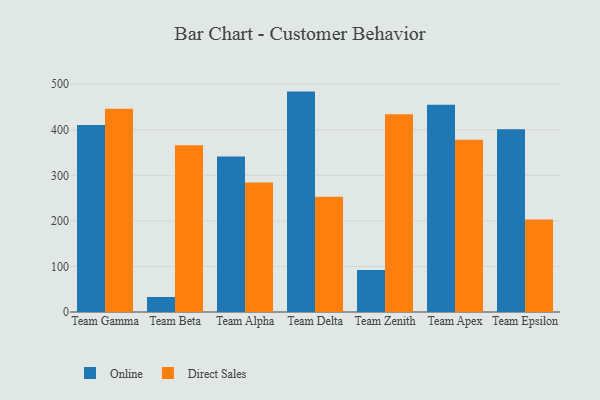
{"axis": {"x": "Team", "y": "Production Output"}, "legend": ["Direct Sales", "Online"], "data": [{"x": "Team Gamma", "y": 410.8, "type": "Online"}, {"x": "Team Gamma", "y": 446.0, "type": "Direct Sales"}, {"x": "Team Beta", "y": 33.0, "type": "Online"}, {"x": "Team Beta", "y": 365.9, "type": "Direct Sales"}, {"x": "Team Alpha", "y": 341.6, "type": "Online"}, {"x": "Team Alpha", "y": 284.2, "type": "Direct Sales"}, {"x": "Team Delta", "y": 483.9, "type": "Online"}, {"x": "Team Delta", "y": 252.8, "type": "Direct Sales"}, {"x": "Team Zenith", "y": 92.2, "type": "Online"}, {"x": "Team Zenith", "y": 434.2, "type": "Direct Sales"}, {"x": "Team Apex", "y": 454.8, "type": "Online"}, {"x": "Team Apex", "y": 378.1, "type": "Direct Sales"}, {"x": "Team Epsilon", "y": 401.5, "type": "Online"}, {"x": "Team Epsilon", "y": 203.0, "type": "Direct Sales"}]}